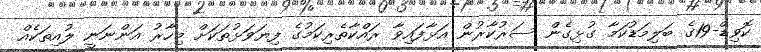
ކޮވިޑް-19ގެ ބަލިމަޑުކަމާ ގުޅިގެން ސަރުކާރުން އަޅާފައިވާ ރައްކާތެރިކަމުގެ ފިޔަވަޅުތަކަށް މިހާރު އަންނަނީ ލުއިތަކެއް